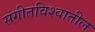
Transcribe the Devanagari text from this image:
संगीतविश्वातील